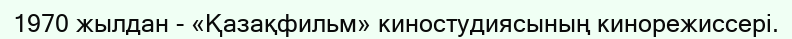
1970 жылдан - «Қазақфильм» киностудиясының кинорежиссері.